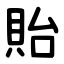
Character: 貽